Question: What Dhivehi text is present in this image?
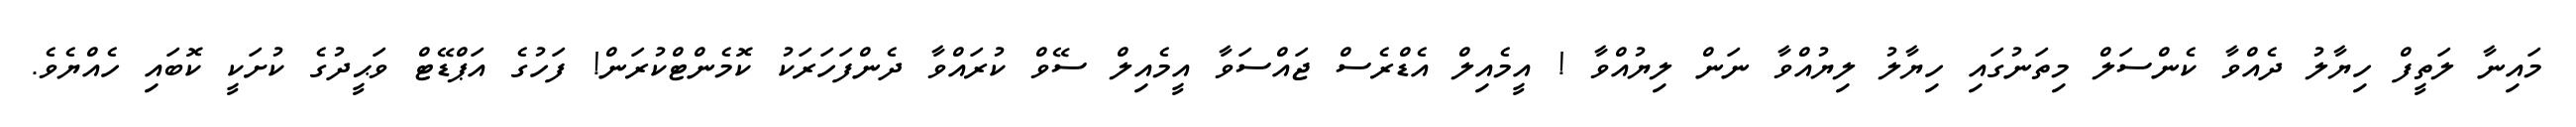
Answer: މައިނާ ލަތީފް ހިޔާލު ދެއްވާ ކެންސަލް މިތަނުގައި ހިޔާލު ލިޔުއްވާ ނަން ލިޔުއްވާ ! އީމެއިލް އެޑްރެސް ޖައްސަވާ އީމެއިލް ސޭވް ކުރައްވާ ދެންފަހަރަކު ކޮމެންޓްކުރަން! ފަހުގެ އަޕްޑޭޓް ވަޙީދުގެ ކުށަކީ ކޮބައި ހެއްޔެވެ.